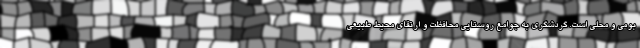
بومی و محلی است. گردشگری به جوامع روستایی محافظت و ارتقای محیط طبیعی